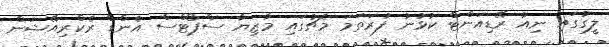
ލީގުގައި ނިއު ރޭޑިއަންޓް ކުޅުނު ފުރަތަމަ މެޗުގައި މާޒިޔާ ސްޕޯޓްސް އެންޑް ރެކްރިއޭޝަން